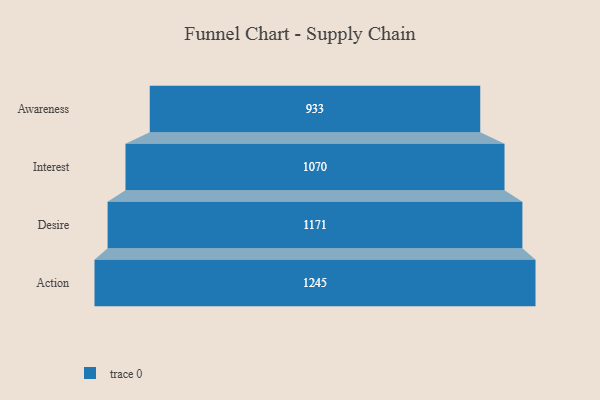
{"axis": {"x": "Stage", "y": "Value"}, "legend": [""], "data": [{"x": "Awareness", "y": 933.0, "type": ""}, {"x": "Interest", "y": 1070.0, "type": ""}, {"x": "Desire", "y": 1171.0, "type": ""}, {"x": "Action", "y": 1245.0, "type": ""}]}